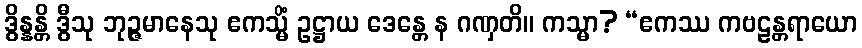
ဒွိန္နန္တိ ဒွီသု ဘုဉ္ဇမာနေသု ဧကသ္မိံ ဥဋ္ဌာယ ဒေန္တေ န ဂဏှတိ။ ကသ္မာ? “ဧကဿ ကဗဠန္တရာယော